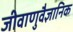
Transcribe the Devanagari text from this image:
जीवाणुवैज्ञानिक